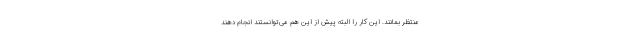
منتظر بمانند. این کار را البته پیش از این هم می‌توانستند انجام دهند